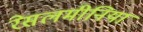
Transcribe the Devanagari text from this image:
रेसलमीनिया